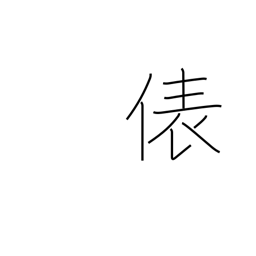
Meaning: counter for bags